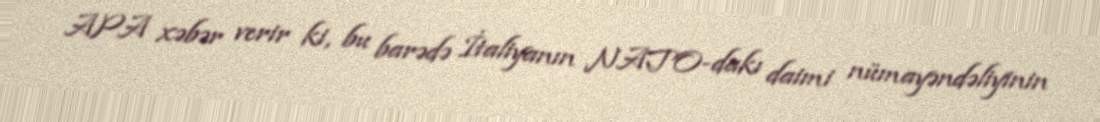
APA xəbər verir ki, bu barədə İtaliyanın NATO-dakı daimi nümayəndəliyinin